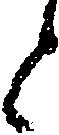
と